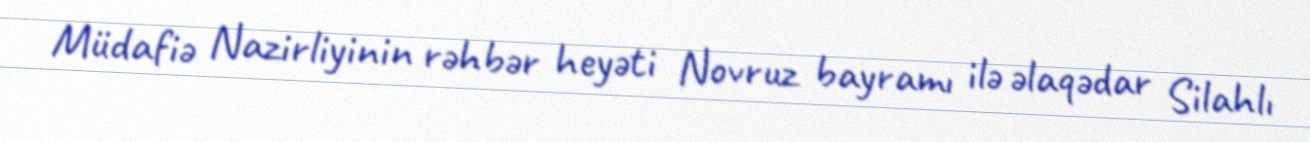
Müdafiə Nazirliyinin rəhbər heyəti Novruz bayramı ilə əlaqədar Silahlı